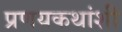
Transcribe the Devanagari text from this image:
प्रणयकथांशी